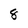
Character: 8